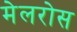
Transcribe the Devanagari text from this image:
मेलरोस